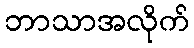
ဘာသာအလိုက်